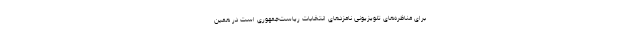
برای مناظره‌های تلویزیونی نامزدهای انتخابات ریاست‌جمهوری است در همین